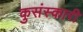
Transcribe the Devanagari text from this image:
कुसंस्कारी